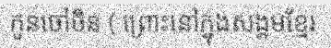
កូនចៅចិន ( ព្រោះនៅក្នុងសង្គមខ្មែរ